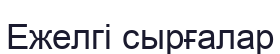
Ежелгі сырғалар